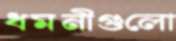
ধমনীগুলো